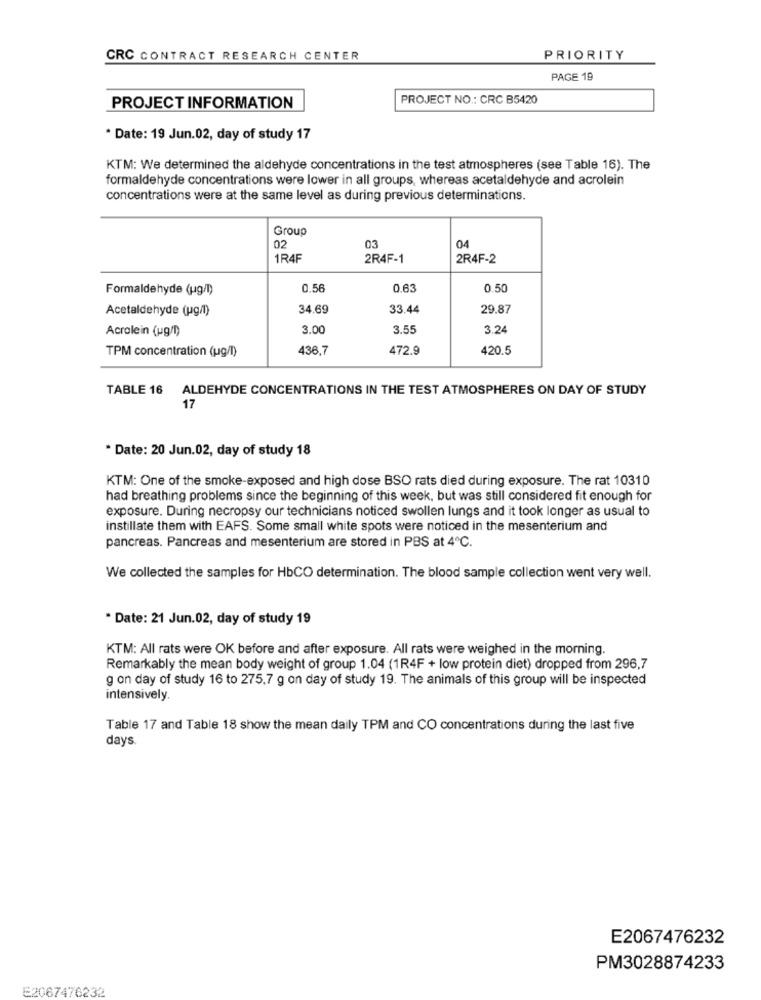
CRC CONTRACT RESEARCH CENTER
PRIORITY
PAGE 19
PROJECT NO .: CRC B5420
PROJECT INFORMATION
* Date: 19 Jun.02, day of study 17
KTM: We determined the aldehyde concentrations in the test atmospheres (see Table 16). The
formaldehyde concentrations were lower in all groups, whereas acetaldehyde and acrolein
concentrations were at the same level as during previous determinations.
Group
02
03
04
1R4F
2R4F-1
2R4F-2
Formaldehyde (ug/l)
0.56
0.63
0.50
Acetaldehyde (pg/l)
34.69
33.44
29.87
Acrolein (pg/1)
3.00
3.55
3.24
TPM concentration (ug/l)
436,7
472.9
420.5
TABLE 16
ALDEHYDE CONCENTRATIONS IN THE TEST ATMOSPHERES ON DAY OF STUDY
17
* Date: 20 Jun.02, day of study 18
KTM: One of the smoke-exposed and high dose BSO rats died during exposure. The rat 10310
had breathing problems since the beginning of this week, but was still considered fit enough for
exposure. During necropsy our technicians noticed swollen lungs and it took longer as usual to
instillate them with EAFS. Some small white spots were noticed in the mesenterium and
pancreas. Pancreas and mesenterium are stored in PBS at 4℃.
We collected the samples for HbCO determination. The blood sample collection went very well.
* Date: 21 Jun.02, day of study 19
KTM: All rats were OK before and after exposure. All rats were weighed in the morning.
Remarkably the mean body weight of group 1.04 (1R4F + low protein diet) dropped from 296,7
g on day of study 16 to 275,7 g on day of study 19. The animals of this group will be inspected
intensively.
Table 17 and Table 18 show the mean daily TPM and CO concentrations during the last five
days
E2067476232
PM3028874233
E2067476232